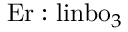
\mathrm { E r } : { \mathrm { l i } \mathrm { n b } \mathrm { o } } _ { 3 }